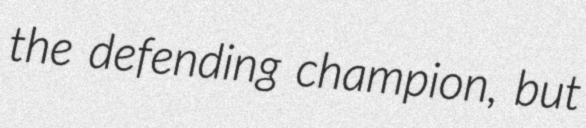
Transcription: the defending champion, but